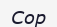
Сор